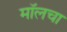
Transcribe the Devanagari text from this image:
मॉलचा